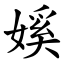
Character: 㜎